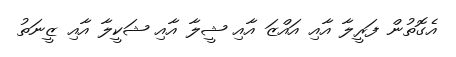
އެގޮތުން ފަރީލާ އާއި އައްޒަ އާއި ޝީލާ އާއި ޝަކީލާ އާއި ޒީނަތު